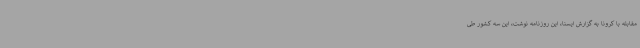
مقابله با کرونا به گزارش ایسنا، این روزنامه نوشت، این سه کشور طی